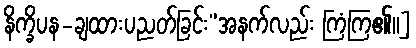
နိက္ခိပန-ချထားပညတ်ခြင်း”အနက်လည်း ကြံကြ၏။]